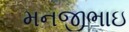
મનજીભાઇ